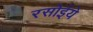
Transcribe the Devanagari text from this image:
रसोईये